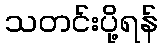
သတင်းပို့ရန်